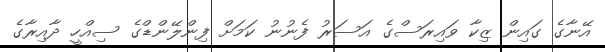
އޭނާގެ ގައިން ޒިކާ ވައިރަސްގެ އަސަރު ފެނުނު ކަމަށް ފިންލޭންޑްގެ ސިއްހީ ދާއިރާގެ